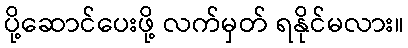
ပို့ဆောင်ပေးဖို့ လက်မှတ် ရနိုင်မလား။